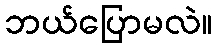
ဘယ်ပြောမလဲ။